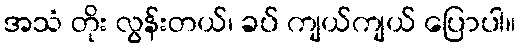
အသံ တိုး လွန်းတယ်၊ ခပ် ကျယ်ကျယ် ပြောပါ။